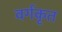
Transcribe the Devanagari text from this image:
वर्गकृत